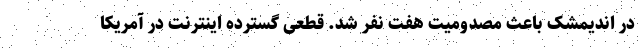
در اندیمشک باعث مصدومیت هفت نفر شد. قطعی گسترده اینترنت در آمریکا